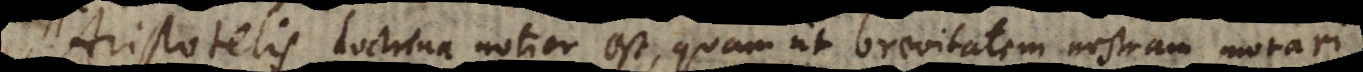
Aristotelis doctrina notior est quam ut brevitatem nostram morari